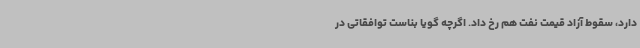
دارد، سقوط آزاد قیمت نفت هم رخ داد. اگرچه گویا بناست توافقاتی در